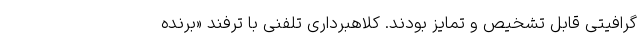
گرافیتی قابل تشخیص و تمایز بودند. کلاهبرداری تلفنی با ترفند «برنده